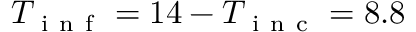
T _ { \mathrm { ~ i ~ n ~ f ~ } } = 1 4 - T _ { \mathrm { ~ i ~ n ~ c ~ } } = 8 . 8